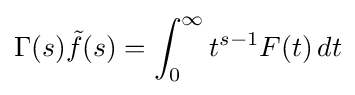
\Gamma (s){\tilde {f}}(s)=\int _{0}^{\infty }t^{s-1}F(t)\,dt